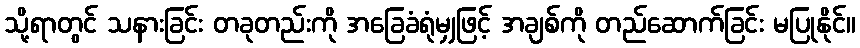
သို့ရာတွင် သနားခြင်း တခုတည်းကို အခြေခံရုံမျှဖြင့် အချစ်ကို တည်ဆောက်ခြင်း မပြုနိုင်။